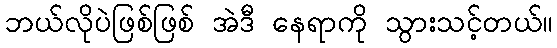
ဘယ်လိုပဲဖြစ်ဖြစ် အဲဒီ နေရာကို သွားသင့်တယ်။